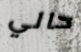
حالي